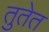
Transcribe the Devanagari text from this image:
तुतेत